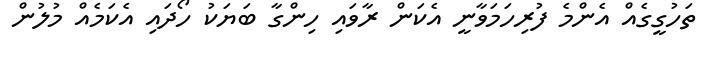
ތަހުގީގެއް އެންމެ ފުރިހަމަވާނީ އެކަން ރާވައި ހިންގާ ބަޔަކު ހޯދައި އެކަމެއް މުލުން